Plague in India, 1896, 1897 - Volume 2
Year: 1896
Disease focus: Plague
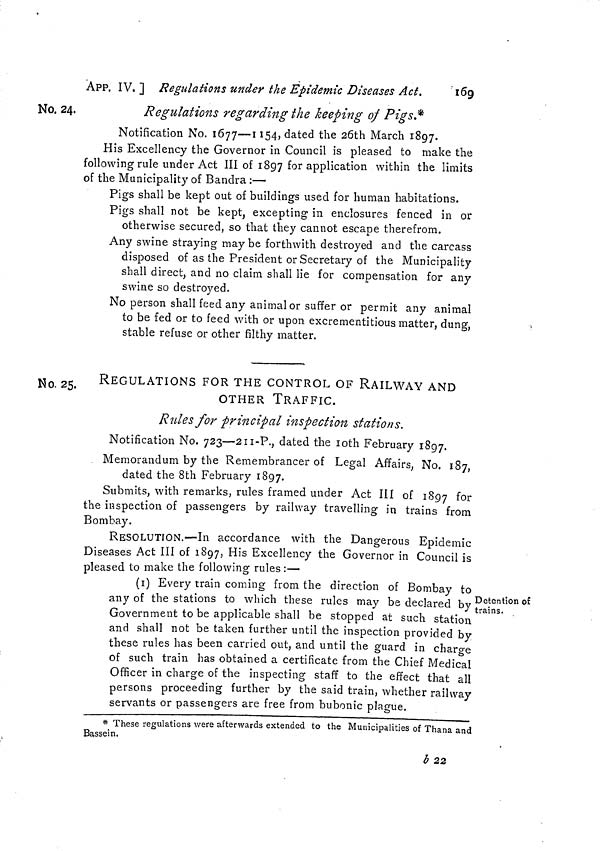
APP. IV. ] Regulations under the Epidemic Diseases Act.
169
Regulations regarding the keeping of Pigs.*
No. 24,
Notification No. 1677—1154, dated the 26th March 1897.
His Excellency the Governor in Council is pleased to make the
following rule under Act III of 1897 for application within the limits
of the Municipality of Bandra :—
Pigs shall be kept out of buildings used for human habitations.
Pigs shall not be kept, excepting in enclosures fenced in or
otherwise secured, so that they cannot escape therefrom.
Any swine straying may be forthwith destroyed and the carcass
disposed of as the President or Secretary of the Municipality
shall direct, and no claim shall lie for compensation for any
swine so destroyed.
No person shall feed any animal or suffer or permit any animal
to be fed or to feed with or upon excrementitious matter, dung,
stable refuse or other filthy matter.
REGULATIONS FOR THE CONTROL OF RAILWAY AND
OTHER TRAFFIC.
Rules for principal inspection stations.
No. 25.
Notification No. 723—211-P., dated the loth February 1897.
Memorandum by the Remembrancer of Legal Affairs, No. 187,
dated the 8th February 1897.
Submits, with remarks, rules framed under Act III of 1897 for
the inspection of passengers by railway travelling in trains from
Bombay.
RESOLUTION.—In accordance with the Dangerous Epidemic
Diseases Act III of 1897, His Excellency the Governor in Council is
pleased to make the following rules :—
Detention of
trains.
(i) Every train coming from the direction of Bombay to
any of the stations to which these rules may be declared by
Government to be applicable shall be stopped at such station
and shall not be taken further until the inspection provided by
these rules has been carried out, and until the guard in charge
of such train has obtained a certificate from the Chief Medical
Officer in charge of the inspecting staff to the effect that all
persons proceeding further by the said train, whether railway
servants or passengers are free from bubonic plague.
* These regulations were afterwards extended to the Municipalities of Thana and
Bassein.
b 22